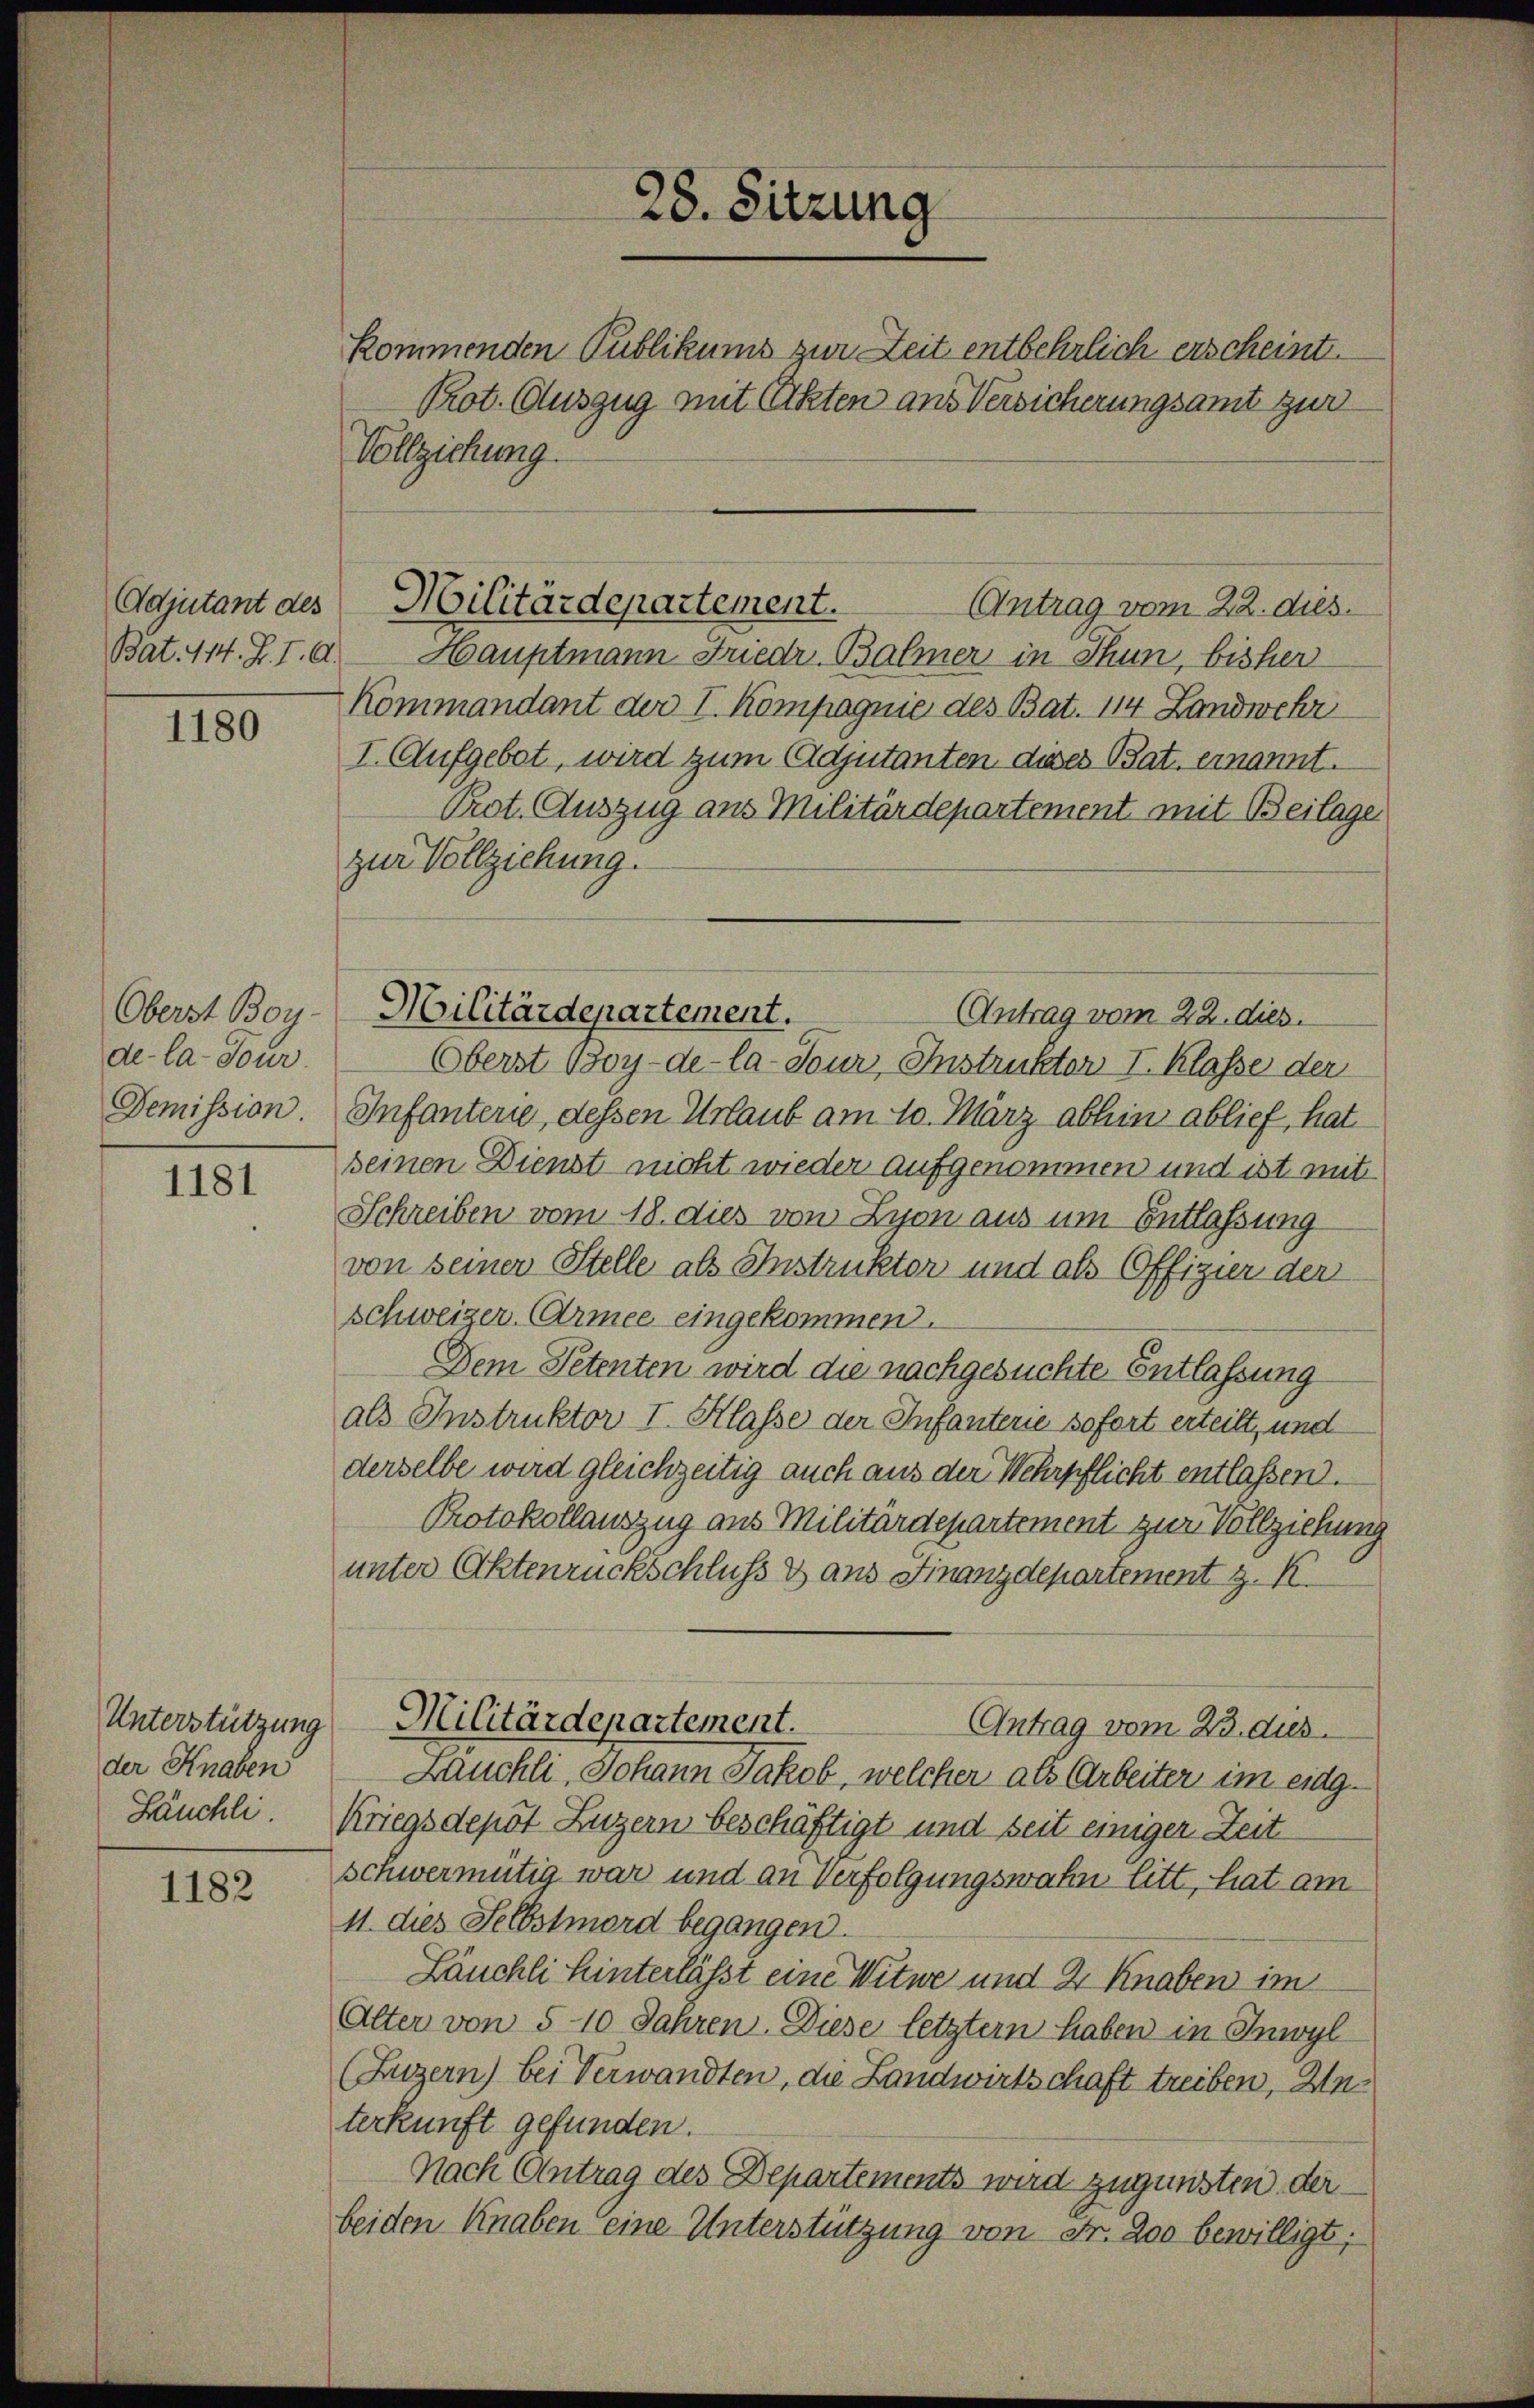
Adjutant des

1180

Oberst Boy
de-Ca- Tour
Demission.

1181

Unterstützung
der Knaben
Läuchli

1182

kommenden Publikums zur Zeit entbehrlich erscheint.
Prot. Auszug mit Akten aus Versicherungsamt zur
Vollziehung.
Antrag vom 22. dies
Bat. 114. S. I. d. Hauptmann Friedr. Balmer in Thun, bisher
Kommandant der I. Kompagnie des Bat. 114 Landwehr
I. Aufgebet, wird zum Adjutanten dieses Bat. ernannt.
Prot. Auszug aus Militärdepartement mit Beilage
zur Vollziehung.
Antrag vom 22. dies.
Oberst Boy-de-la-Tour, Instruktor I. Klasse der
Infanterie, dessen Urlaub am 10. März abhin ablief, hat
seinen Dienst nicht wieder aufgenommen und ist mit
Schreiben vom 18. dies von Lyon aus um Entlaßung
von seiner Stelle als Instruktor und als Offizier der
Schweizer-Armee eingekommen.
Dem Petenten wird die nachgesuchte Entlassung
als Instruktor I. Klasse der Infanterie sofort erteilt, und
derselbe wird gleichzeitig auch aus der Wehrpflicht entlassen.
Protokollauszug aus Militärdepartement zur Vollziehung
unter Aktenrückschluß & aus Finanzdepartement z. K.
Militärdepartement.
Antrag vom 23. dies
Zäuchli, Johann Jakob, welcher als Arbeiter im eidg¬
Kriegsdepot Luzern beschäftigt und seit einiger Zeit
schwermütig war und an Verfolgungswahn litt, hat am
11. dies Selbstmord begangen.
Läuchli hinterlässt eine Witwe und 2 Knaben im
Alter von 5-10 Jahren. Diese letztern haben in Inwyl
(Luzern) bei Verwandten, die Landwirtschaft treiben, Anterkunft gefunden.
Nach Antrag des Departements wird zugunsten derbeiden Knaben eine Unterstützung von Str. 200 bewilligt;

28. Sitzung

Militärdepartement.

Militärdepartement.